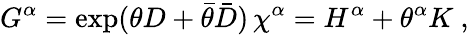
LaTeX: G^{\alpha}=\exp(\theta D+\bar{\theta}\bar{D})\, \chi^{\alpha}=H^{\alpha}+\theta^{\alpha}K\ ,